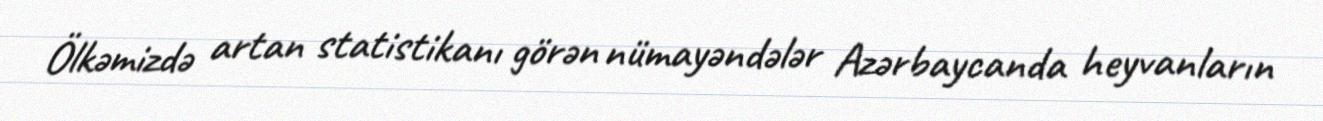
Ölkəmizdə artan statistikanı görən nümayəndələr Azərbaycanda heyvanların